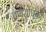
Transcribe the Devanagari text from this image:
वर्णशोधकों